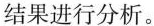
结果进行分析。